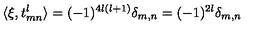
\langle \xi , t _ { m n } ^ { l } \rangle = ( - 1 ) ^ { 4 l ( l + 1 ) } \delta _ { m , n } = ( - 1 ) ^ { 2 l } \delta _ { m , n }